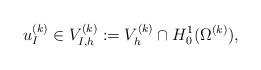
LaTeX: \begin{align*} u^{(k)}_I\in V_{I,h}^{(k)}:=V_{h}^{(k)} \cap H^1_0(\Omega^{(k)}),\end{align*}